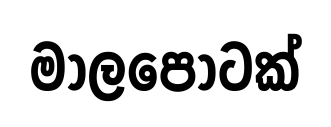
මාලපොටක්